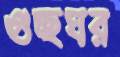
গুচ্ছঘর